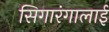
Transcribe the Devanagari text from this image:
सिगारंगालाई